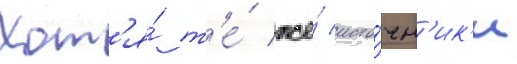
Хот'я́ т'е́ же́ исто́чн'ик'и